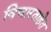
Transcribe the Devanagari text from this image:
विचारताहेत